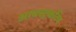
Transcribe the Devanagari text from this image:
आबस्ट्रकटिव